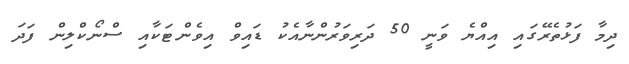
ދިމާ ފަޅުތެރޭގައި އިއްޔެ ވަނީ 50 ދަރިވަރުންނާއެކު ޑައިވް އިވެންޓަކާއި ސްނޯކްލިން ފަދަ